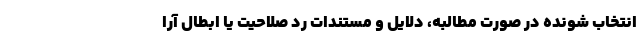
انتخاب شونده در صورت مطالبه، دلایل و مستندات رد صلاحیت یا ابطال آرا